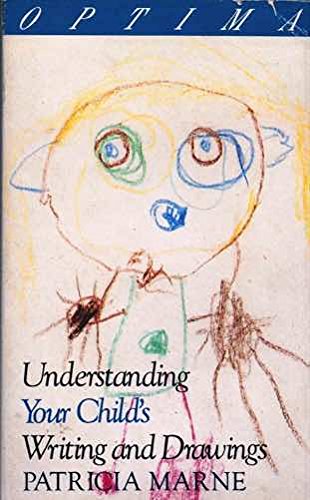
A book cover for Understanding Your Child's Writing and Drawings; Patricia Marne; Self-Help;